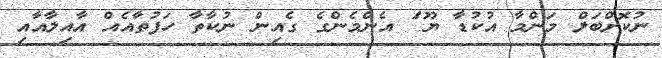
ނުކޮށްބަލް މަންމާ އުުކުޑާ ޔޫ ަެ އެންމެންގެ ގެއިން ނުކާތާ ހަފުތާއެއް އާއިލާއާއި